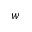
w